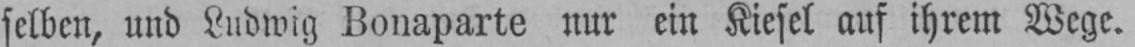
selben, und Ludwig Bonaparte nur ein Kiesel auf ihrem Wege.